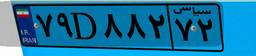
۶۵D۸۵۲۲۸